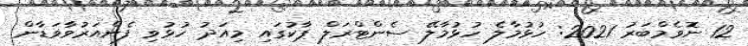
12 ނޮވެމްބަރު 2021: ހުޅުމާލެ ހުޅުމާލޭ ސެންޓްރަލް ޕާކުގައި މިއަދު ހުޅުވި ފެންއަރުވާވަޑާން